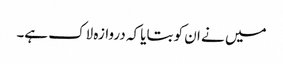
میں نے ان کو بتایا کہ دروازہ لاک ہے۔